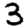
Digit: 3